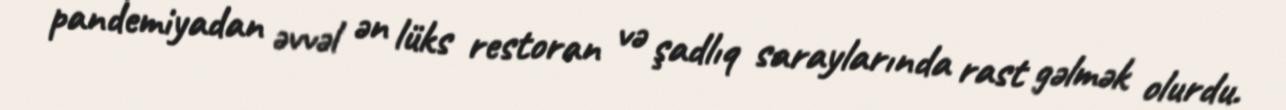
pandemiyadan əvvəl ən lüks restoran və şadlıq saraylarında rast gəlmək olurdu.